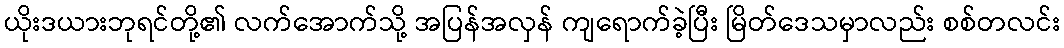
ယိုးဒယားဘုရင်တို့၏ လက်အောက်သို့ အပြန်အလှန် ကျရောက်ခဲ့ပြီး မြိတ်ဒေသမှာလည်း စစ်တလင်း